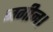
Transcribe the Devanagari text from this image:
नगीन।